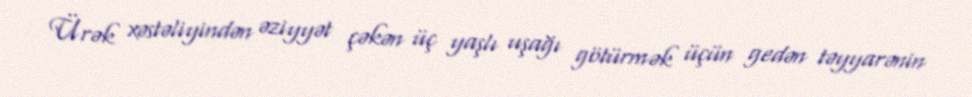
Ürək xəstəliyindən əziyyət çəkən üç yaşlı uşağı götürmək üçün gedən təyyarənin